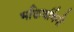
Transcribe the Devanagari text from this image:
भक्तिवर्धिनी